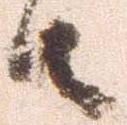
由